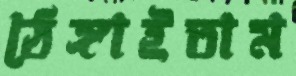
ঠেঙ্গাইতাম